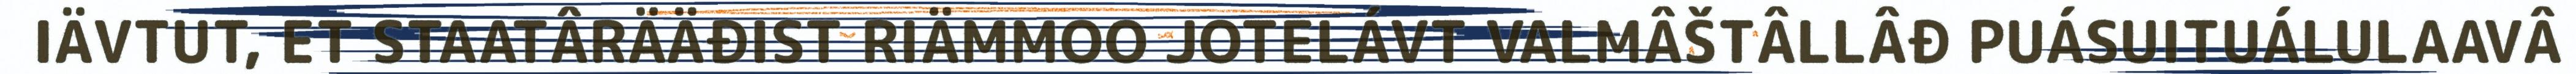
IÄVTUT, ET STAATÂRÄÄĐIST RIÄMMOO JOTELÁVT VALMÂŠTÂLLÂĐ PUÁSUITUÁLULAAVÂ